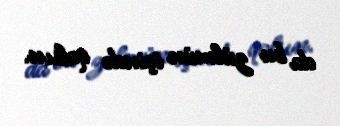
da bu zülmün içində qalsın.